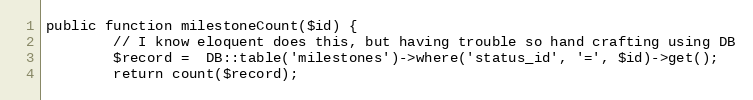
Language: PHP
public function milestoneCount($id) {
        // I know eloquent does this, but having trouble so hand crafting using DB
        $record =  DB::table('milestones')->where('status_id', '=', $id)->get();
        return count($record);